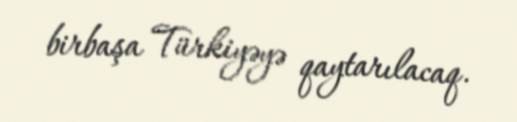
birbaşa Türkiyəyə qaytarılacaq.